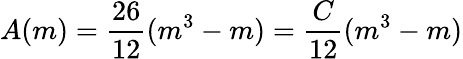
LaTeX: A(m)=\frac{26}{12}(m^{3}-m)=\frac{C}{12}(m^{3}-m)